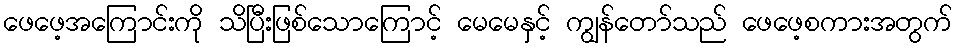
ဖေဖေ့အကြောင်းကို သိပြီးဖြစ်သောကြောင့် မေမေနှင့် ကျွန်တော်သည် ဖေဖေ့စကားအတွက်